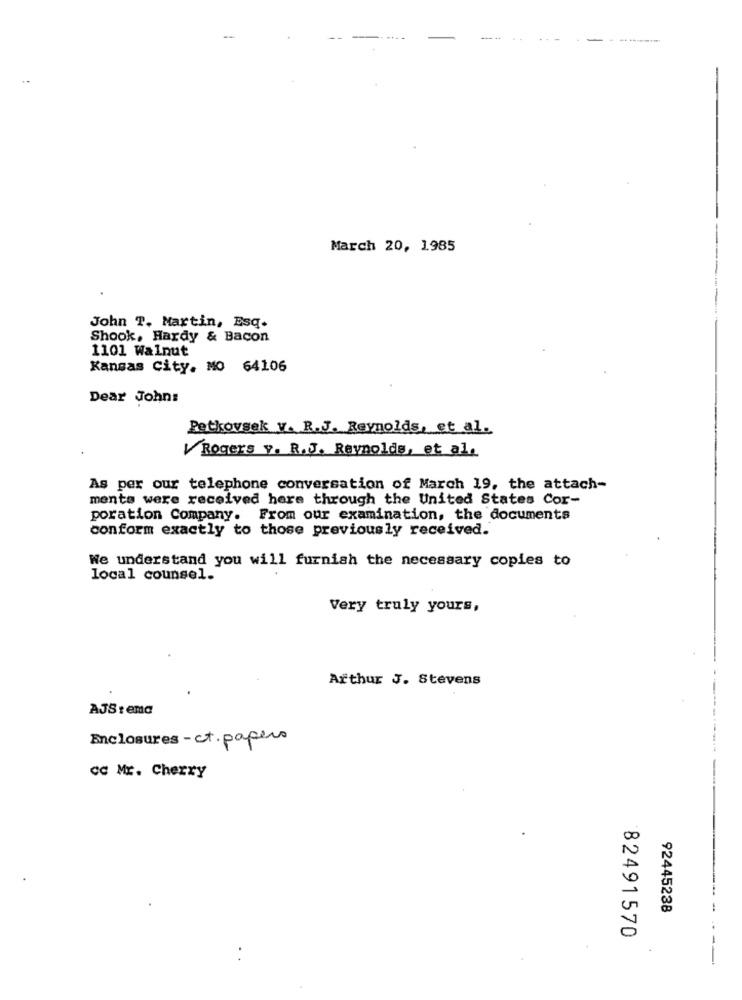
-------
March 20, 1985
John T. Martin, Esq.
Shook, Hardy & Bacon
1101 Walnut
Kansas City. MO 64106
Dear John:
Petkovsek v. R.J. Reynolds, et al.
Rogers y. R.J. Reynolds, et al.
As per our telephone conversation of March 19, the attach-
ments were received here through the United States Cor-
poration Company. From our examination, the documents
conform exactly to those previously received.
We understand you will furnish the necessary copies to
local counsel.
Very truly yours,
Arthur J. Stevens
AJS : ema
Enclosures- ct. papers
CC Mr. Cherry
00
0
92445238
82491570